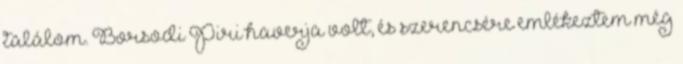
találom. Borsodi Piri haverja volt, és szerencsére emlékeztem még